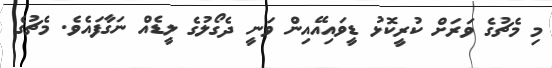
މި މެޗުގެ ވަރަށް ކުރީކޮޅު ޑީވައިއޭއިން ވަނީ ދެގޯލުގެ ލީޑެއް ނަގާފައެވެ. މެޗުގެ